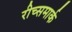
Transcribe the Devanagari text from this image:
रीच्समार्क